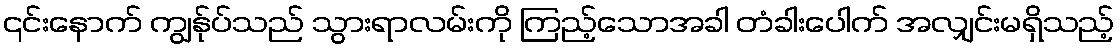
၎င်းနောက် ကျွန်ုပ်သည် သွားရာလမ်းကို ကြည့်သောအခါ တံခါးပေါက် အလျှင်းမရှိသည့်